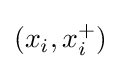
(x_{i},x_{i}^{+})